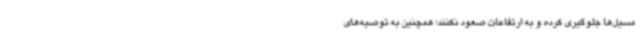
مسیل‌ها جلوگیری کرده و به ارتفاعات صعود نکنند؛ همچنین به توصیه‌های